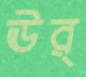
ঊর্